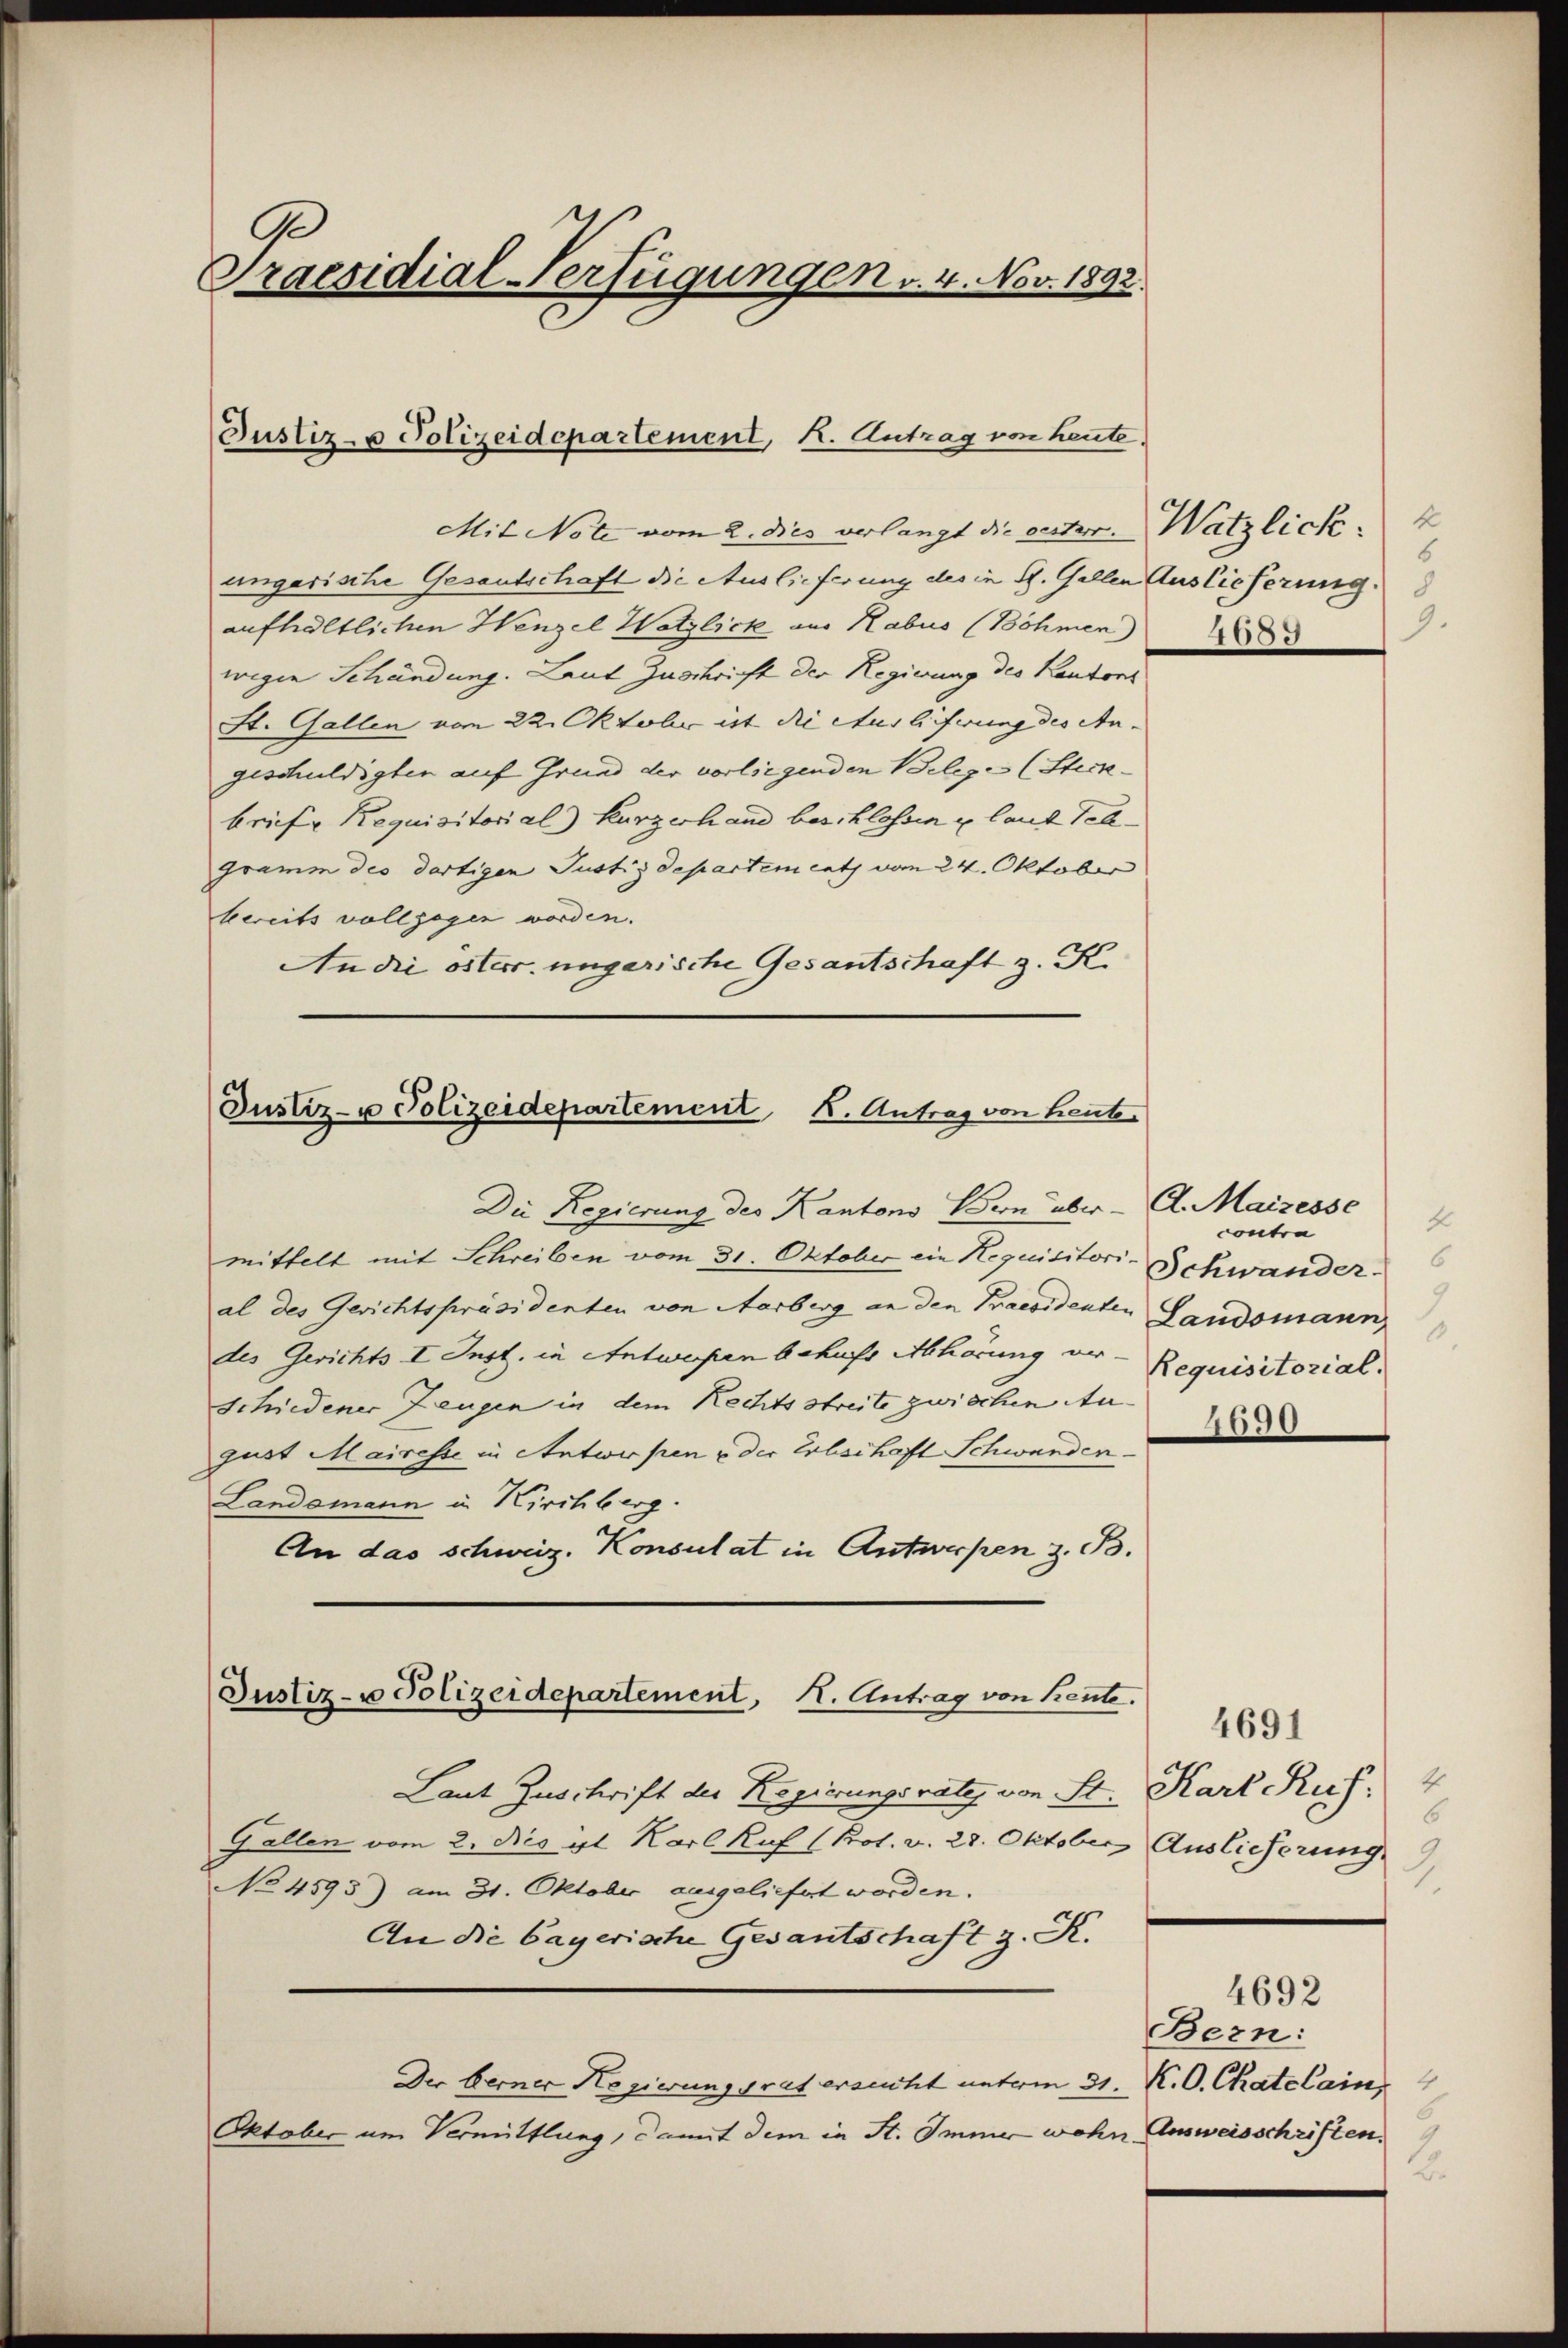
Praesidial-Verfügungen v. 4. Nov. 1892.

Justiz- u Polizeidepartement, K. Antrag von heute

Justiz- u Polizeidepartement K. Antrag von heut
Die Regierung des Kantons Bern über

Justiz- u Polizeidepartement, I. Antrag von Kente.

Mit Note vom 2. dies verlangt die oester. Watzlick
ungarische Gesantschaft die Auslieferung des in St. Gallen Auslieferung
aufhaltlichen Henzel Wetzlick aus Habus (Böhmen
wegen Schändung. Laut Zuschricht der Regierung des Kantons
St. Gallen vom 22. Oktober ist die Auslieferung des An-
geschuldigten auf Grund der vorliegenden Belege (Steckbriefe Requisitorial Kurzerhand beschlossen u. land Tehgramm des dortigen Justizdepartement vom 24. Oktober
bereits vollzogen worden.
An die österr. ungarische Gesantschaft z. K.

mittelt mit Schreiben vom 31. Oktober ein Requisitori-Schwander
al des Gerichtspräsidenten von Aarberg an den Praesidenten Landsmann
des Gerichts I Inst. in Antworfen behufs Abhörung er- Requisitorial,
Schiedener Zeugen in dem Rechtsstreite zwischen Aun
gust Mairesse in Antworfen u der Erbschaft Schwanden.
Landsmann in Kirchberg.
An das schweiz. Konsulat in Antworfen z. B.
Laut Zuschrift der Regierungsrate von St. Karl Ruh. 4
Gallen vom 2. Des 4t. Karl Ruf (Prot. v. 28. Oktober Auslieferung.
No 4893) am 31. Oktober ausgeliefert worden.
An die bayerische Gedantschaft z. K.
Der Berner Regierungsrat ersucht unterm 31. K. O. Chatelain
Oktober am Vermittlung, damit dem in St. Immer wohn Ausweisschriften,

6
9.

A. Maizesse
4
contra
2

4690

4691
6

4692
Bern:
4
6
2.